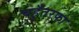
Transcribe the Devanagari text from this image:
चहुँतरफा